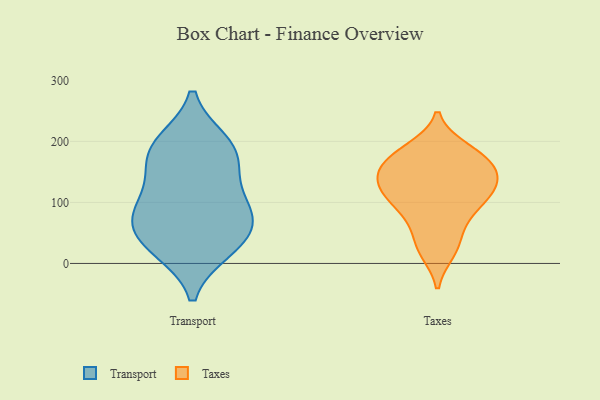
{"axis": {"x": "Budget (USD K)", "y": "Value"}, "legend": ["Taxes", "Transport"], "data": [{"x": "", "y": 27, "type": "Transport"}, {"x": "", "y": 194, "type": "Transport"}, {"x": "", "y": 198, "type": "Transport"}, {"x": "", "y": 79, "type": "Transport"}, {"x": "", "y": 132, "type": "Transport"}, {"x": "", "y": 160, "type": "Transport"}, {"x": "", "y": 68, "type": "Transport"}, {"x": "", "y": 90, "type": "Transport"}, {"x": "", "y": 84, "type": "Transport"}, {"x": "", "y": 182, "type": "Transport"}, {"x": "", "y": 23, "type": "Transport"}, {"x": "", "y": 38, "type": "Transport"}, {"x": "", "y": 115, "type": "Taxes"}, {"x": "", "y": 181, "type": "Taxes"}, {"x": "", "y": 133, "type": "Taxes"}, {"x": "", "y": 183, "type": "Taxes"}, {"x": "", "y": 161, "type": "Taxes"}, {"x": "", "y": 45, "type": "Taxes"}, {"x": "", "y": 19, "type": "Taxes"}, {"x": "", "y": 94, "type": "Taxes"}, {"x": "", "y": 188, "type": "Taxes"}, {"x": "", "y": 121, "type": "Taxes"}, {"x": "", "y": 165, "type": "Taxes"}, {"x": "", "y": 162, "type": "Taxes"}, {"x": "", "y": 138, "type": "Taxes"}, {"x": "", "y": 100, "type": "Taxes"}, {"x": "", "y": 134, "type": "Taxes"}, {"x": "", "y": 93, "type": "Taxes"}, {"x": "", "y": 22, "type": "Taxes"}, {"x": "", "y": 68, "type": "Taxes"}, {"x": "", "y": 140, "type": "Taxes"}]}